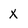
Character: X